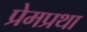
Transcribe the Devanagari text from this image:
प्रेमप्रथा